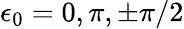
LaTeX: \epsilon_{0}=0,\pi,\pm\pi/2